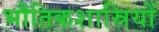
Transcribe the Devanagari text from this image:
भौतिकशास्रियों